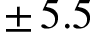
\pm \, 5 . 5